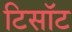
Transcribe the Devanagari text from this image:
टिसॉट